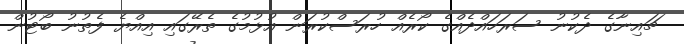
ޗައިނާގެ ދެކުނު ސަރަހައްދެއްގެ ކޯރެއް ހުރަސްކުރަން އުޅުމުގެ ތެރޭގައި އިއްޔެ ފެތުނު ބޯޓުން